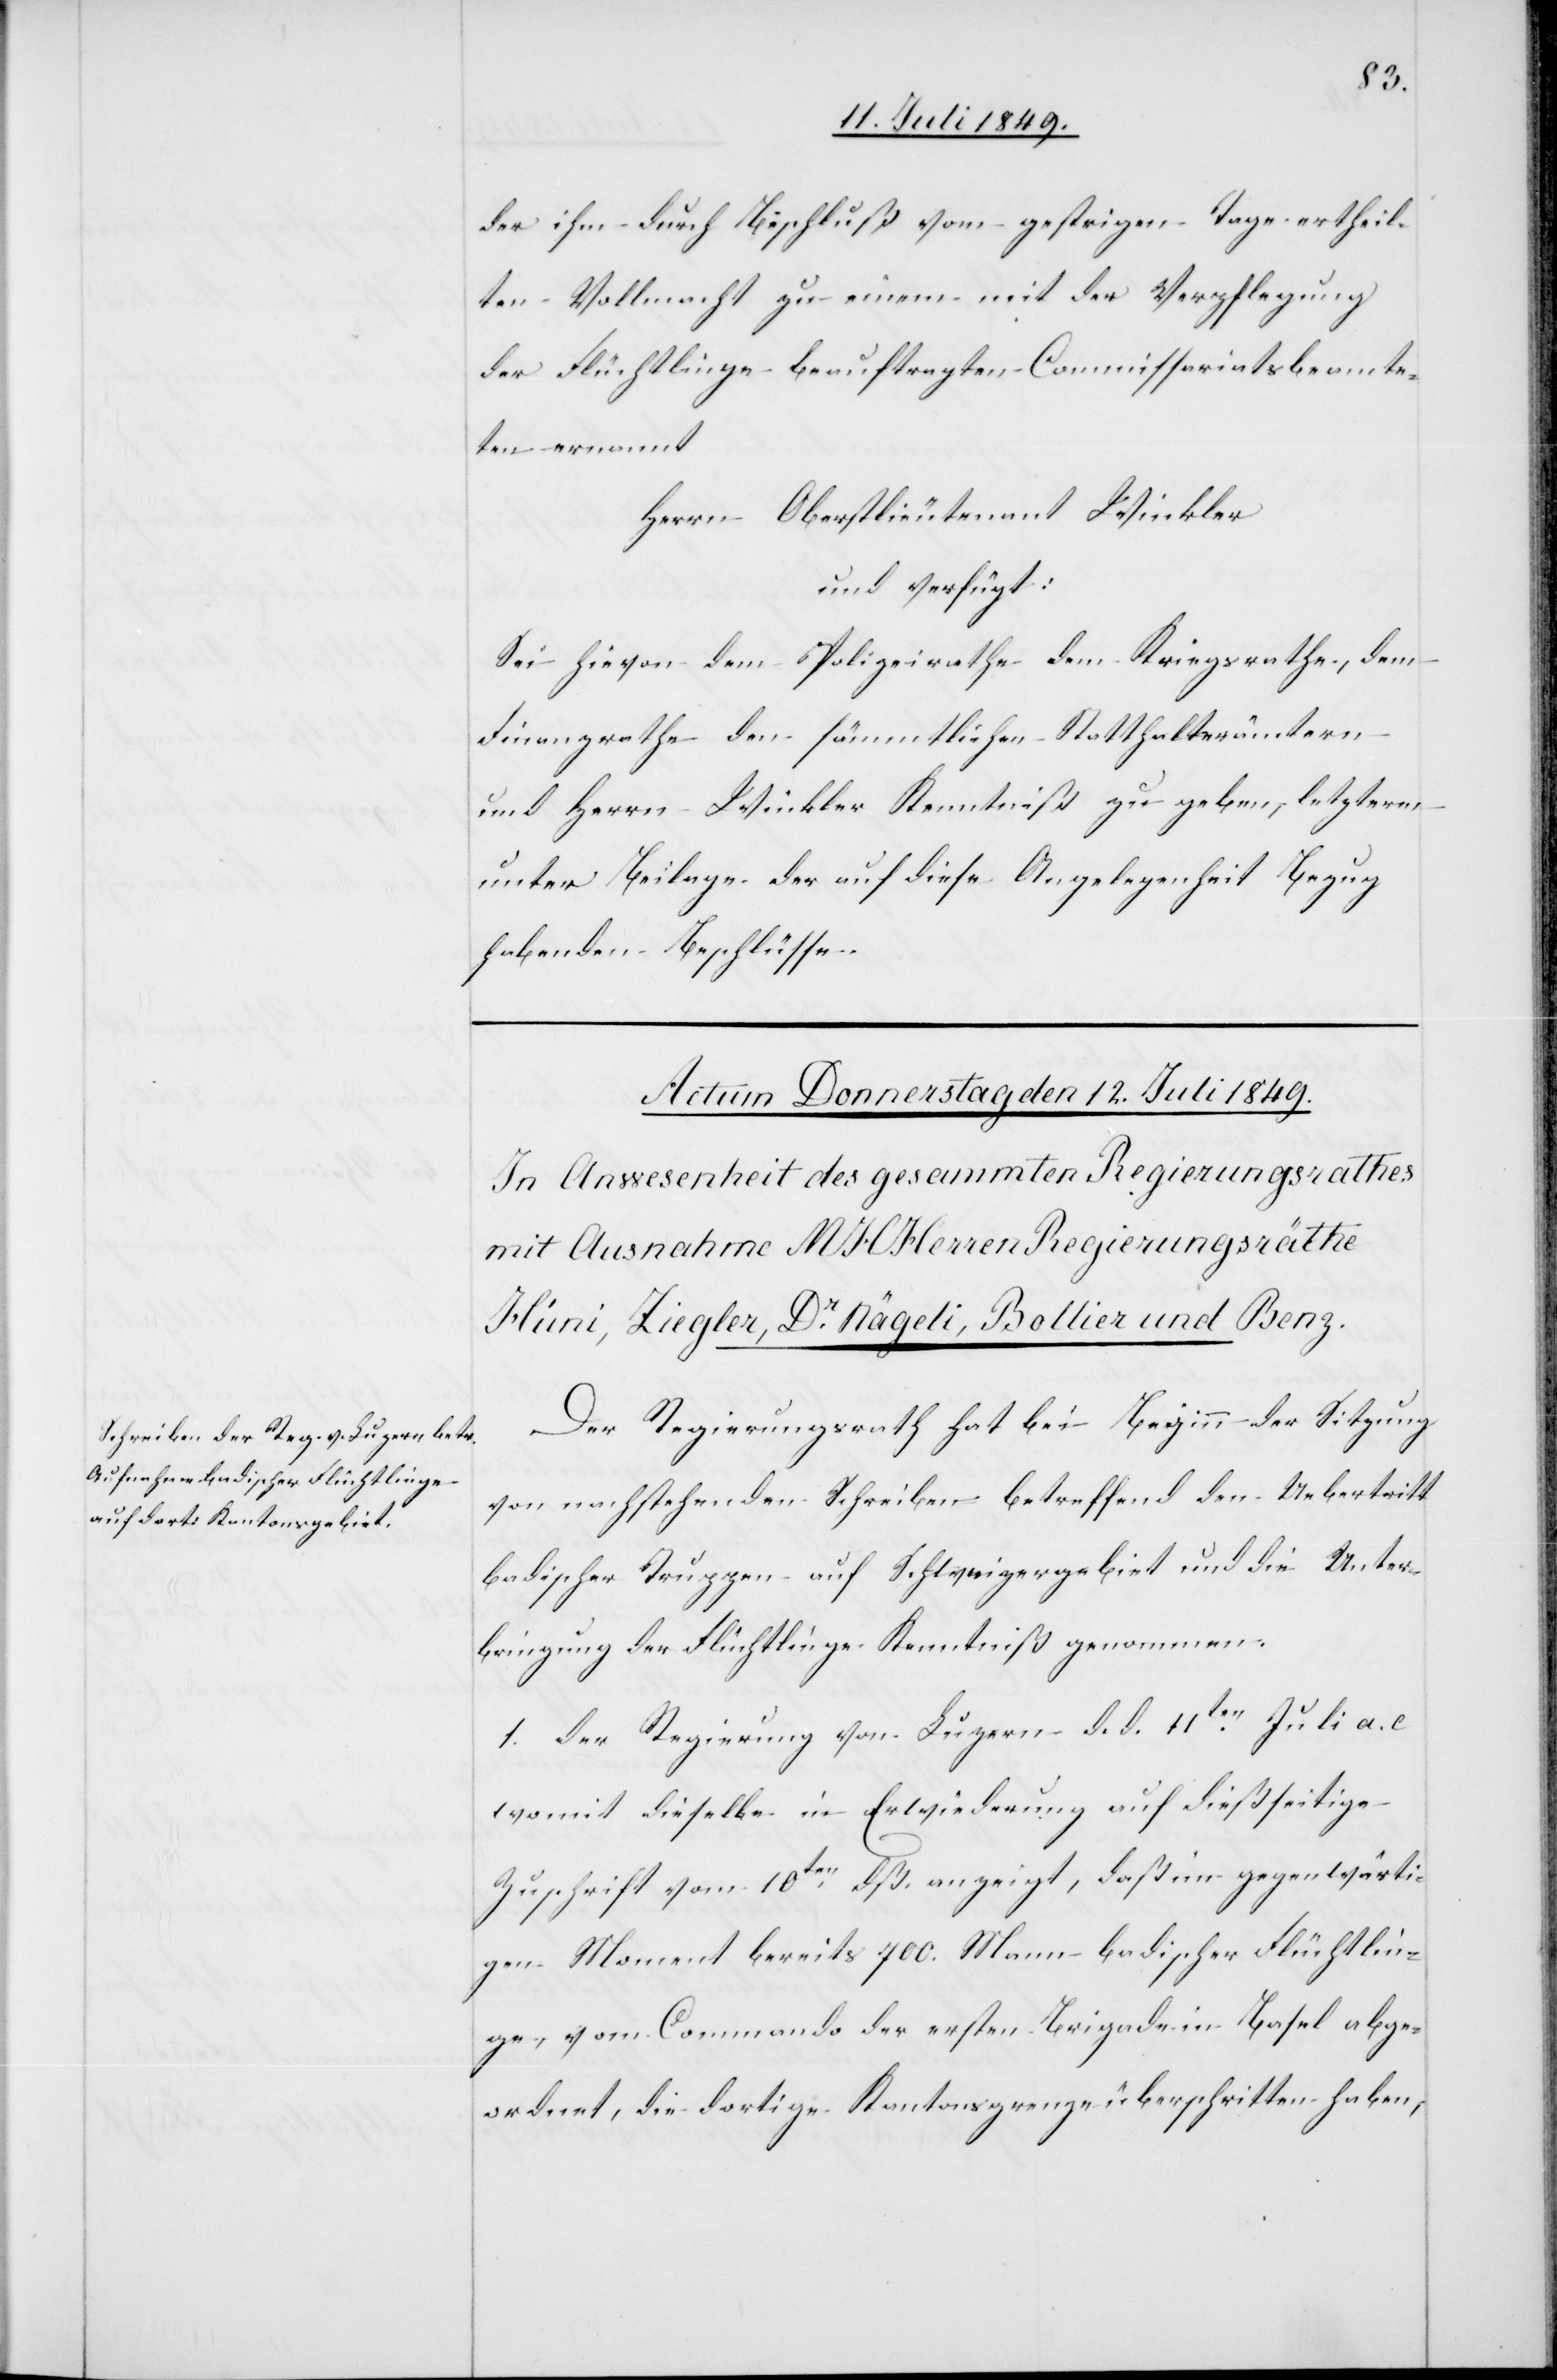
der ihm durch Beschluß vom gestrigen Tage ertheil¬
ten Vollmacht zu einem mit der Verpflegung
der Flüchtlinge beauftragten Commissariatsbeamte¬
ten ernannt
Herrn Oberstlieutenant Winkler
und verfügt:
Sei hievon dem Polizeirathe dem Kriegsrathe, dem
Finanzrathe den sämmtlichen Statthalterämtern
und Herrn Winkler Kenntniß zu geben, letzterm
unter Beilage der auf diese Angelegenheit Bezug
habenden Beschlüsse.
Der Regierungsrath hat bei Beginn der Sitzung
von nachstehenden Schreiben betreffend den Uebertritt
badischer Truppen auf Schweizergebiet und die Unter¬
bringung der Flüchtlinge Kenntniß genommen.
1. der Regierung von Luzern d. d. 11ten Juli a. c.
womit dieselbe in Erwiederung auf dießseitige
Zuschrift vom 10ten dß. anzeigt, daß im gegenwärti¬
gen Moment bereits 700. Mann badischer Flüchtlin¬
ge, vom Commando der ersten Brigade in Basel abge¬
ordert, die dortige Kantonsgrenze überschritten haben,